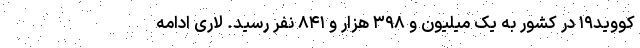
کووید۱۹ در کشور به یک میلیون و ۳۹۸ هزار و ۸۴۱ نفر رسید. لاری ادامه